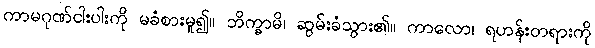
ကာမဂုဏ်ငါးပါးကို မခံစားမူ၍။ ဘိက္ခာမိ၊ ဆွမ်းခံသွား၏။ ကာလော၊ ရဟန်းတရားကို